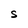
Character: S